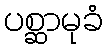
ပစ္ဆာမုခံ